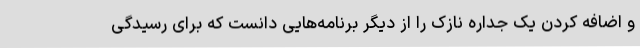
و اضافه کردن یک جداره نازک را از دیگر برنامه‌هایی دانست که برای رسیدگی